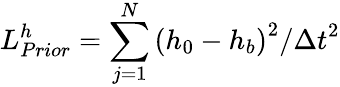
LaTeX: L_{Prior}^{h}=\sum_{j=1}^{N}{{{\left({{h}_{0}}-{{h}_{b}}\right)}^{2}}/{{\Delta t}^{2}}}